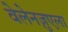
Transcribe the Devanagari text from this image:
वेलेनज़ुएला